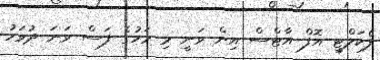
ފެކަލްޓީ އޮފް އާޓްސް އިން ވަނީ މި މަހުގެ ފަސް ވަނަ ދުވަހު